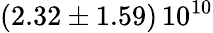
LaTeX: \left(2.32\pm 1.59\right)\, 10^{10}